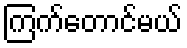
ကြက်တောင်မယ်